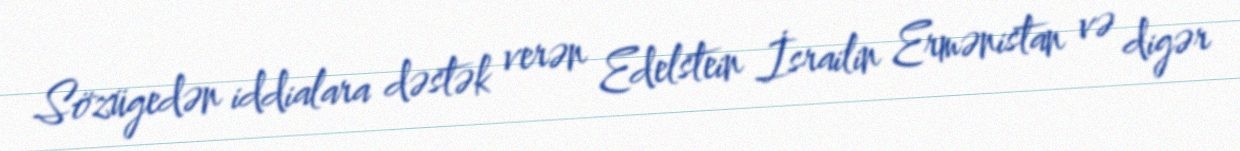
Sözügedən iddialara dəstək verən Edelstein İsrailin Ermənistan və digər